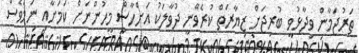
ތަރުޖަމާން ވިދާޅުވީ ބުރިޖަށް ޒިޔާރަތް ކުރެވޭނީ ދުވާލަކު އަށްހާސް މީހުންނަށް ކަމަށާއި ނަމަވެސް